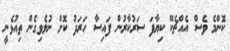
ކޮންމެ ވެސް އެއްޗެކޭ ކިޔާފަ ސަރުކާރުން ފައިސާ ހަރަދު ކޮށް ނުލެވިގެން ތިއުޅެނީ